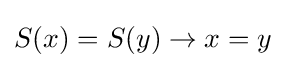
S(x)=S(y)\to x=y